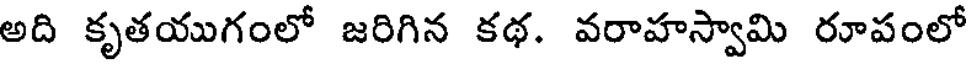
అది కృతయుగంలో జరిగిన కథ. వరాహస్వామి రూపంలో